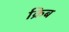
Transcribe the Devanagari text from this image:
क्रिब